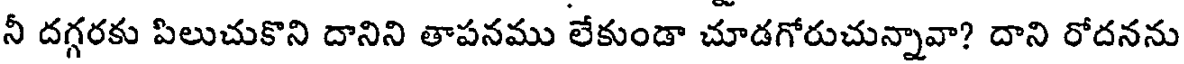
నీ దగ్గరకు పిలుచుకొని దానిని తాపనము లేకుండా చూడగోరుచున్నావా? దాని రోదనను